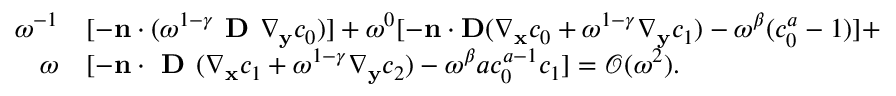
\begin{array} { r l } { \omega ^ { - 1 } } & { [ - \mathbf n \cdot ( \omega ^ { 1 - \gamma } \textbf { D } \nabla _ { \mathbf y } c _ { 0 } ) ] + \omega ^ { 0 } [ - \mathbf n \cdot \mathbf D ( \nabla _ { \mathbf x } c _ { 0 } + \omega ^ { 1 - \gamma } \nabla _ { \mathbf y } c _ { 1 } ) - \omega ^ { \beta } ( c _ { 0 } ^ { a } - 1 ) ] + } \\ { \omega } & { [ - \mathbf n \cdot \textbf { D } ( \nabla _ { \mathbf x } c _ { 1 } + \omega ^ { 1 - \gamma } \nabla _ { \mathbf y } c _ { 2 } ) - \omega ^ { \beta } a c _ { 0 } ^ { a - 1 } c _ { 1 } ] = \mathcal { O } ( \omega ^ { 2 } ) . } \end{array}